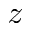
z